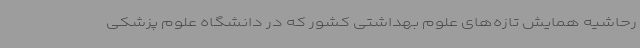
رحاشیه همایش تازه‌های علوم بهداشتی کشور که در دانشگاه علوم پزشکی